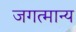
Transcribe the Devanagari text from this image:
जगत्मान्य